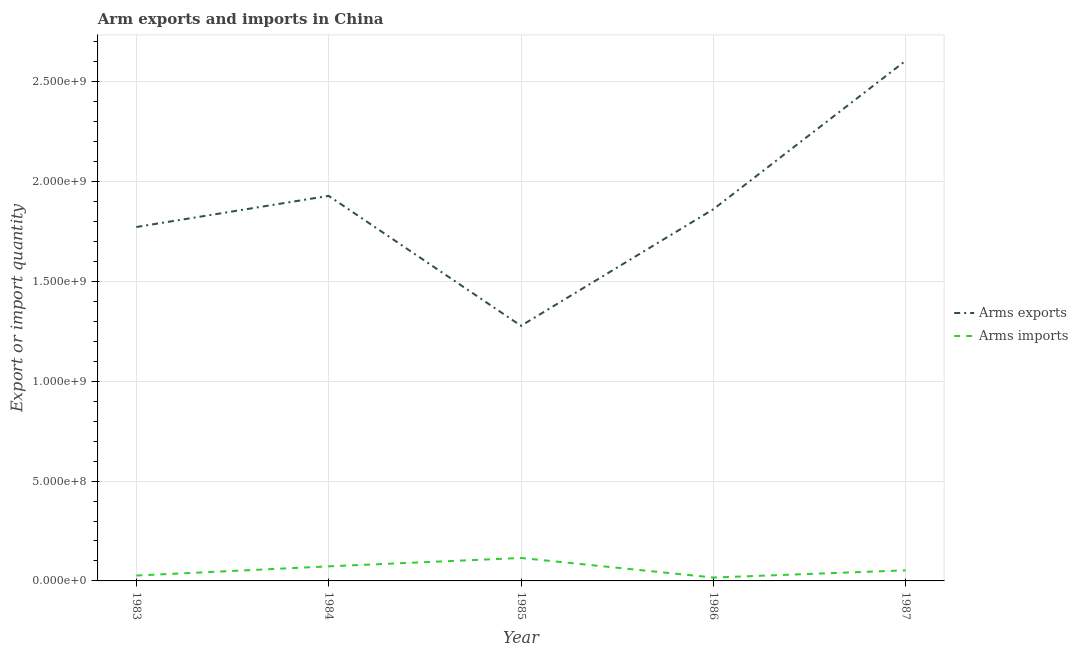
| Year | Arms exports | Arms imports |
 | --- | --- | --- |
 | 1983 | 1.77e+09 | 2.7e+07 |
 | 1984 | 1.93e+09 | 7.3e+07 |
 | 1985 | 1.28e+09 | 1.15e+08 |
 | 1986 | 1.86e+09 | 1.7e+07 |
 | 1987 | 2.61e+09 | 5.3e+07 |